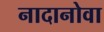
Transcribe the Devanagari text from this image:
नादानोवा